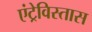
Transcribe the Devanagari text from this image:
एंट्रेविस्तास